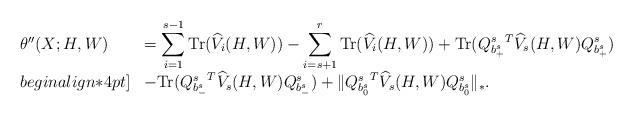
LaTeX: \begin{align*}\begin{array}{ll}\theta''(X;H,W)&=\displaystyle \sum_{i=1}^{s-1}{\rm Tr}(\widehat V_i(H,W))- \displaystyle \sum_{i=s+1}^r{\rm Tr}(\widehat V_i(H,W))+{\rm Tr}({Q^s_{b^s_+}}^T\widehat V_s(H,W)Q^s_{b^s_+})\\begin{align*}4pt] & - {\rm Tr}({Q^s_{b^s_-}}^T\widehat V_s(H,W)Q^s_{b^s_-}) + \|{Q^s_{b^s_0}}^T\widehat V_s(H,W)Q^s_{b^s_0}\|_*. \end{array}\end{align*}